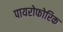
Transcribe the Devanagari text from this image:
पायरोफोरिक